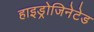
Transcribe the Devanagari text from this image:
हाइड्रोजिनेटेड